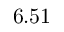
6 . 5 1